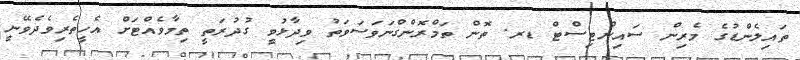
ތައިލެންޑުގެ މެރިން ސައިންޓިސްޓް ޑރ. ތޮން ތަމްރޮންގްނަވަސަވަތު ވިދާޅުވީ ގުދުރަތީ ތިމާވެއްޓަށް އެހީތެރިވެދެވޭނީ